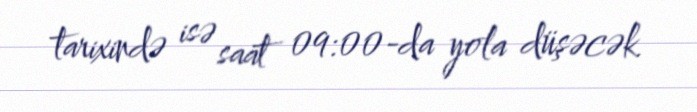
tarixində isə saat 09:00-da yola düşəcək.